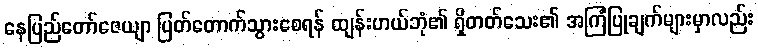
နေပြည်တော်ဇေယျာ ပြတ်တောက်သွားစေရန် ထျန်းဟယ်ဘုံ၏ ရှိတတ်သေး၏ အကြံပြုချက်များမှာလည်း